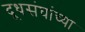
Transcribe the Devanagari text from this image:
दूधसंघांच्या